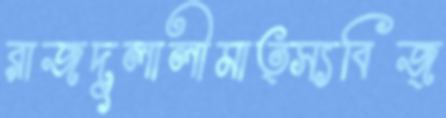
রাজদুলালীমাত্স্যবিজ্